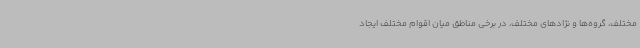
مختلف، گروه‌ها و نژادهای مختلف، در برخی مناطق میان اقوام مختلف ایجاد